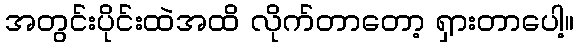
အတွင်းပိုင်းထဲအထိ လိုက်တာတော့ ရှားတာပေါ့။